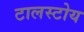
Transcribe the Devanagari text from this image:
टालस्टोय